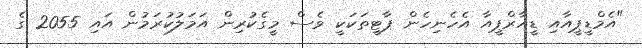
"އެމްޑީޕީއާއި ޑީއާރްޕީއާ އެހެނިހެން ޕާޓީތަކަކީ ވެސް މީގެކުރިން އަމަލުކުރަމުން އައި 2055 ގެ